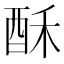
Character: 酥